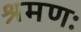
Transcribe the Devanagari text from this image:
श्रमणः